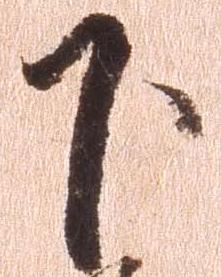
下